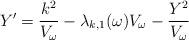
LaTeX: \begin{align*}Y' = \frac{k^2}{V_\omega} - \lambda_{k,1}(\omega) V_\omega - \frac{Y^2}{V_\omega}\end{align*}